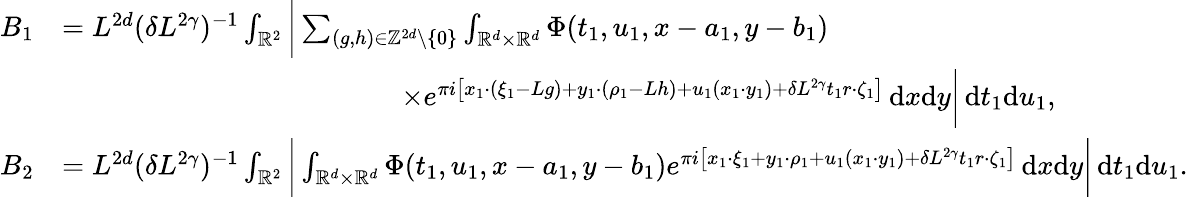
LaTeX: \begin{array}{rl}{B_{1}}&{=L^{2d}(\delta L^{2\gamma})^{-1}\int_{\mathbb R^{2}}\bigg|\sum_{(g,h)\in\mathbb Z^{2d}\setminus\{ 0\} }\int_{\mathbb R^{d}\times\mathbb R^{d}}\Phi(t_{1},u_{1},x-a_{1},y-b_{1})}\\ &{\qquad\qquad\qquad\qquad\qquad\qquad\times e^{\pi i\left[x_{1}\cdot(\xi_{1}-Lg)+y_{1}\cdot(\rho_{1}-Lh)+u_{1}(x_{1}\cdot y_{1})+\delta L^{2\gamma}t_{1}r\cdot\zeta_{1}\right]}\, \mathrm{d}x\mathrm{d}y\bigg|\, \mathrm{d}t_{1}\mathrm{d}u_{1},}\\ {B_{2}}&{=L^{2d}(\delta L^{2\gamma})^{-1}\int_{\mathbb R^{2}}\bigg|\int_{\mathbb R^{d}\times\mathbb R^{d}}\Phi(t_{1},u_{1},x-a_{1},y-b_{1})e^{\pi i\left[x_{1}\cdot\xi_{1}+y_{1}\cdot\rho_{1}+u_{1}(x_{1}\cdot y_{1})+\delta L^{2\gamma}t_{1}r\cdot\zeta_{1}\right]}\, \mathrm{d}x\mathrm{d}y\bigg|\, \mathrm{d}t_{1}\mathrm{d}u_{1}.}\end{array}